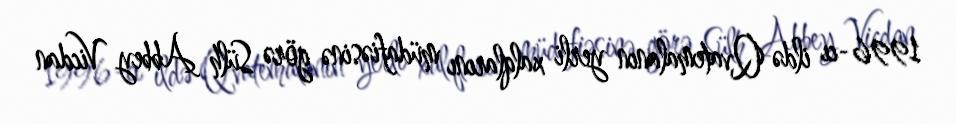
1996-cı ildə Qvatemalanın yerli xalqlarını müdafiəsinə görə Sülh Abbey Vicdan